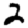
Digit: 2